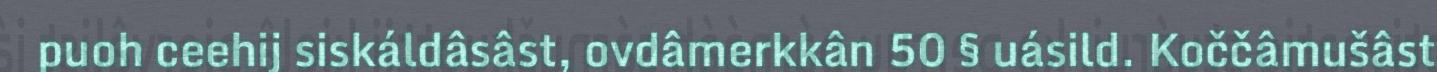
puoh ceehij siskáldâsâst, ovdâmerkkân 50 § uásild. Koččâmušâst